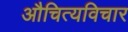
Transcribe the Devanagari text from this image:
औचित्यविचार